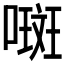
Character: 𫫨